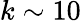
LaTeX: k\sim 10